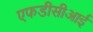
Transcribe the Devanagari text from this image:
एफडीसीआई